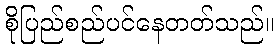
စိုပြည်စည်ပင်နေတတ်သည်။